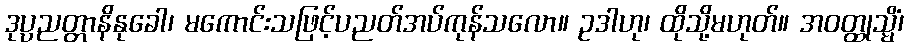
ဒုပ္ပညတ္တာနိနုခေါ၊ မကောင်းသဖြင့်ပညတ်အပ်ကုန်သလော။ ဥဒါဟု၊ ထိုသို့မဟုတ်။ အဝတ္ထုသ္မိံ၊